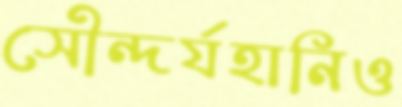
সৌন্দর্যহানিও